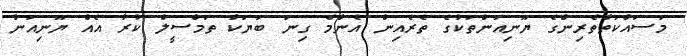
މަސައްކަތްތެރިންގެ ޔޫނިއަންތަކުގެ ތެރެއިން އެންމެ ގިނަ ބަޔަކު ތަމްސީލް ކުރާ އެއް ޔޫނިއަން